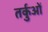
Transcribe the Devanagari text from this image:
तर्कुओं